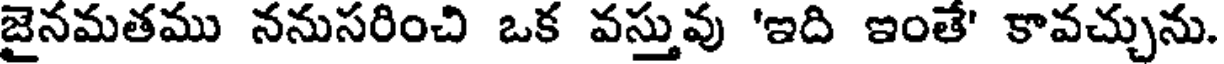
జైనమతము ననుసరించి ఒక వస్తువు 'ఇది ఇంతే' కావచ్చును.